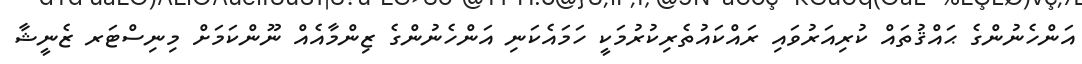
އަންހެނުންގެ ޙައްޤުތައް ކުރިއަރުވައި ރައްކައުތެރިކުރުމަކީ ހަމައެކަނި އަންހެނުންގެ ޒިންމާއެއް ނޫންކަމަށް މިނިސްޓަރ ޒެނީޝާ